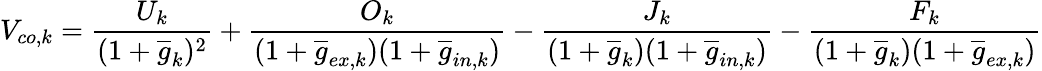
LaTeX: V_{co,k}=\frac{U_{k}}{(1+\overline{{g}}_{k})^{2}}+\frac{O_{k}}{(1+\overline{{g}}_{ex,k})(1+\overline{{g}}_{in,k})}-\frac{J_{k}}{(1+\overline{{g}}_{k})(1+\overline{{g}}_{in,k})}-\frac{F_{k}}{(1+\overline{{g}}_{k})(1+\overline{{g}}_{ex,k})}